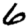
Digit: 6